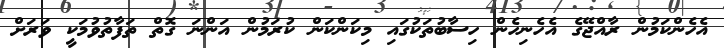
އެހެންކަމުން ރާއްޖޭގެ އެހެނިހެން ހިސާބުތަކުގައި މިކަންކަން ކުރަމުން އަންނަ ގޮތް ތަފާތުވުމަކީ ވަރަށް